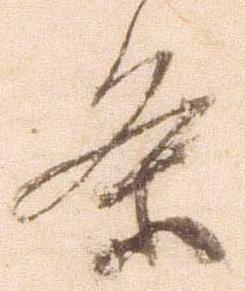
条